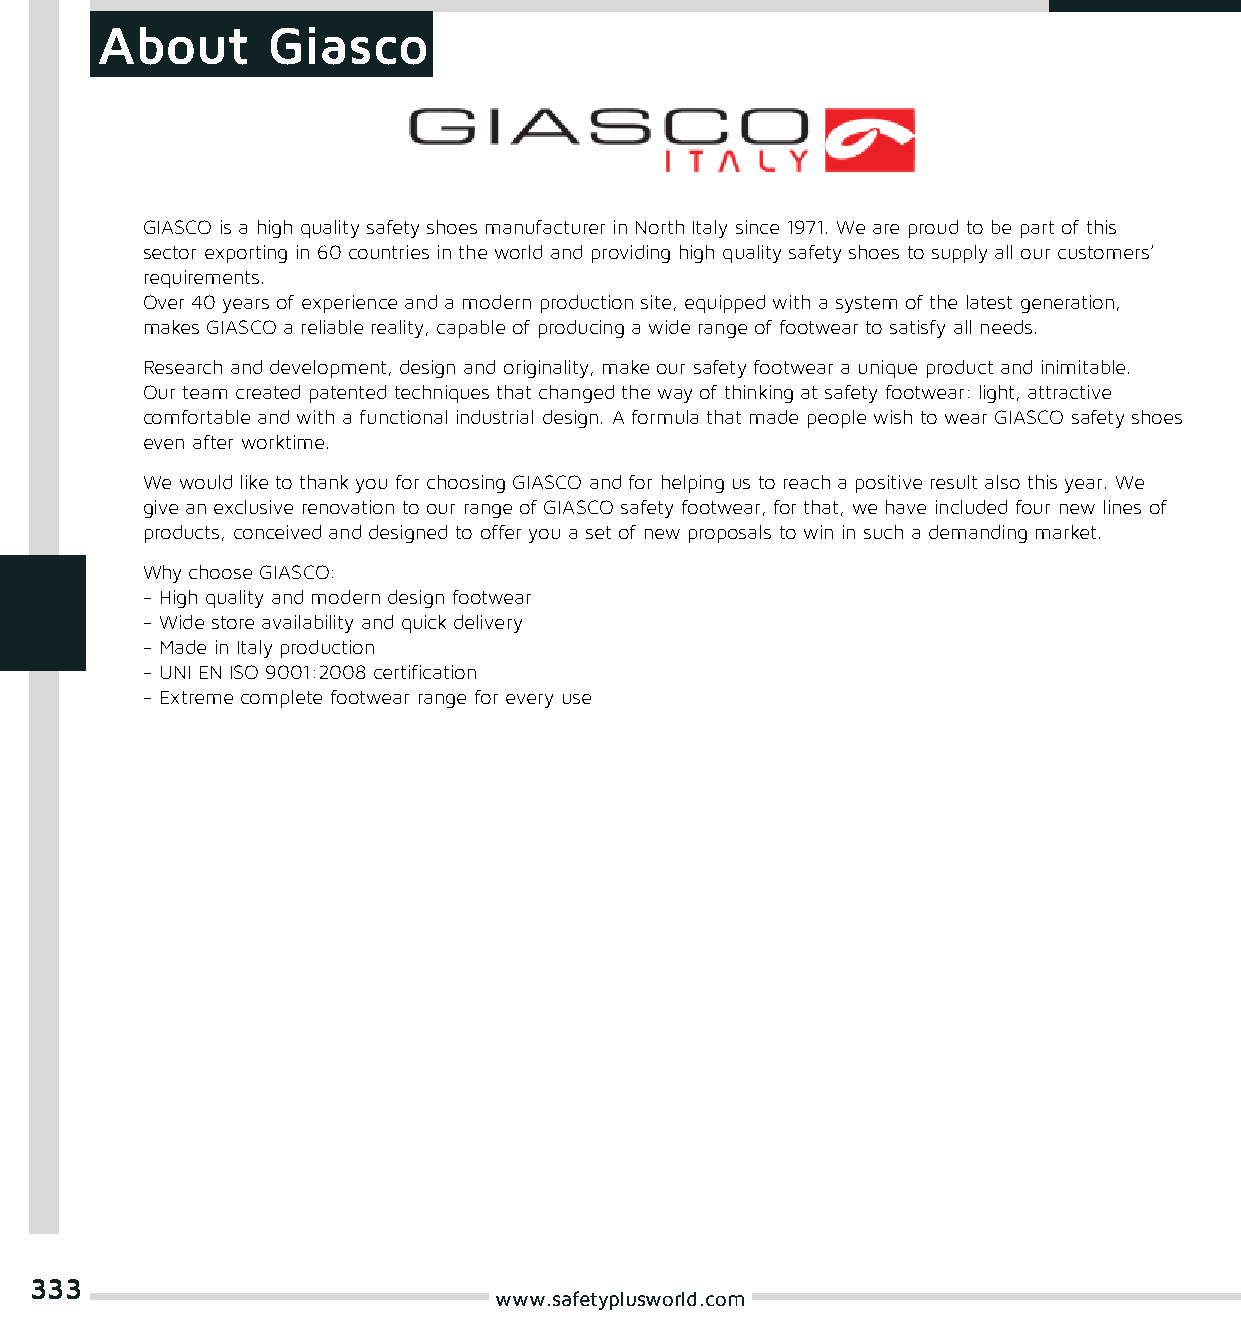
About       Giasco
 GIASCO is a high quality safety shoes manufacturer in North Italy since 1971. We are proud to be part of this
 sector exporting in 60 countries in the world and providing high quality safety shoes to supply all our customers’
 requirements.
 Over 40 years of experience and a modern production site, equipped with a system of the latest generation,
 makes GIASCO a reliable reality, capable of producing a wide range of footwear to satisfy all needs.
 Research and development, design and originality, make our safety footwear a unique product and inimitable.
 Our team created patented techniques that changed the way of thinking at safety footwear: light, attractive
 comfortable and with a functional industrial design. A formula that made people wish to wear GIASCO safety shoes
 even after worktime.
 We would like to thank you for choosing GIASCO and for helping us to reach a positive result also this year. We
 give an exclusive renovation to our range of GIASCO safety footwear, for that, we have included four new lines of
 products, conceived and designed to offer you a set of new proposals to win in such a demanding market.
 Why choose GIASCO:
 - High quality and modern design footwear
 - Wide store availability and quick delivery
 - Made in Italy production
 - UNI EN ISO 9001:2008 certification
 - Extreme complete footwear range for every use
 333
 www.safetyplusworld.com